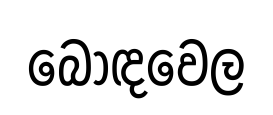
බොඳවෙල